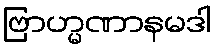
ဗြာဟ္မဏာနမဒါ